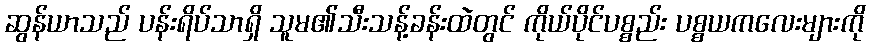
ဆွန်ယာသည် ပန်းရိပ်သာရှိ သူမ၏သီးသန့်ခန်းထဲတွင် ကိုယ်ပိုင်ပစ္စည်း ပစ္စယကလေးများကို